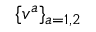
\{ v ^ { a } \} _ { a = 1 , 2 }